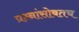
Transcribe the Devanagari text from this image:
प्रश्नांसोबतच